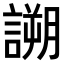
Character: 𧪜